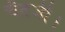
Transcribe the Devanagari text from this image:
चैटर्जी।